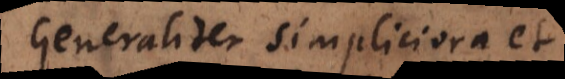
Generaliter simpliciora et